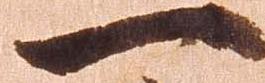
一